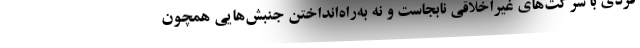
فردی با شرکت‌های غیراخلاقی نابجاست و نه به‌راه‌انداختن جنبش‌هایی همچون